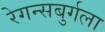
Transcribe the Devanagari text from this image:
रेगन्सबुर्गला